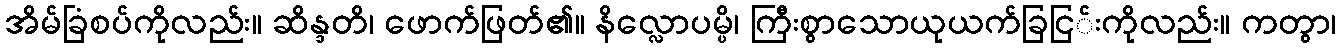
အိမ်ခြံစပ်ကိုလည်း။ ဆိန္ဒတိ၊ ဖောက်ဖြတ်၏။ နိလ္လောပမ္ပိ၊ ကြီးစွာသောယုယက်ခြငြ်းကိုလည်း။ ကတွာ၊